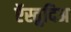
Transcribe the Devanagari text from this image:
ऍस्तुदिअ